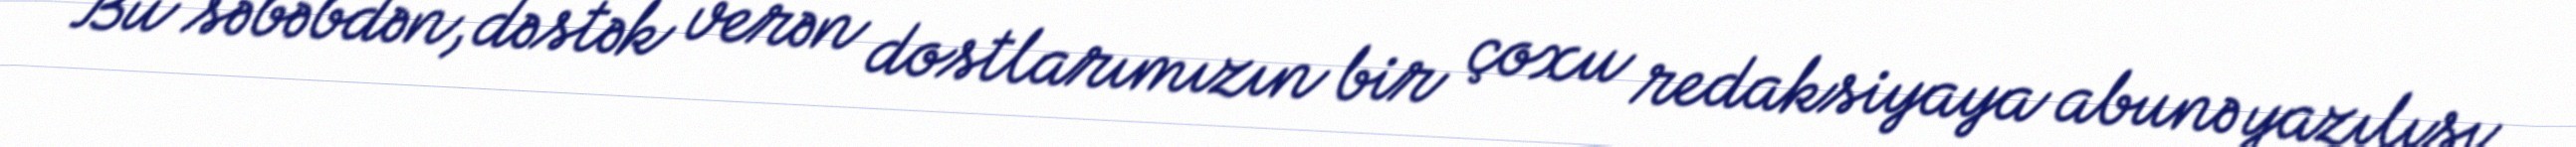
Bu səbəbdən, dəstək verən dostlarımızın bir çoxu redaksiyaya abunə yazılışı